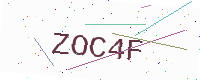
Text: ZOC4F